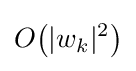
O{\big (}|w_{k}|^{2}{\big )}